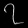
Digit: ၇